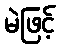
မဲဖြင့်